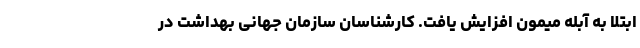
ابتلا به آبله میمون افزایش یافت. کارشناسان سازمان جهانی بهداشت در